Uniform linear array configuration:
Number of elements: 4
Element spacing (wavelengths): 1
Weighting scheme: binomial
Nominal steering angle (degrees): -45
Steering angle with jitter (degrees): -46.169
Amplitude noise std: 0.05
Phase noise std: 0.05

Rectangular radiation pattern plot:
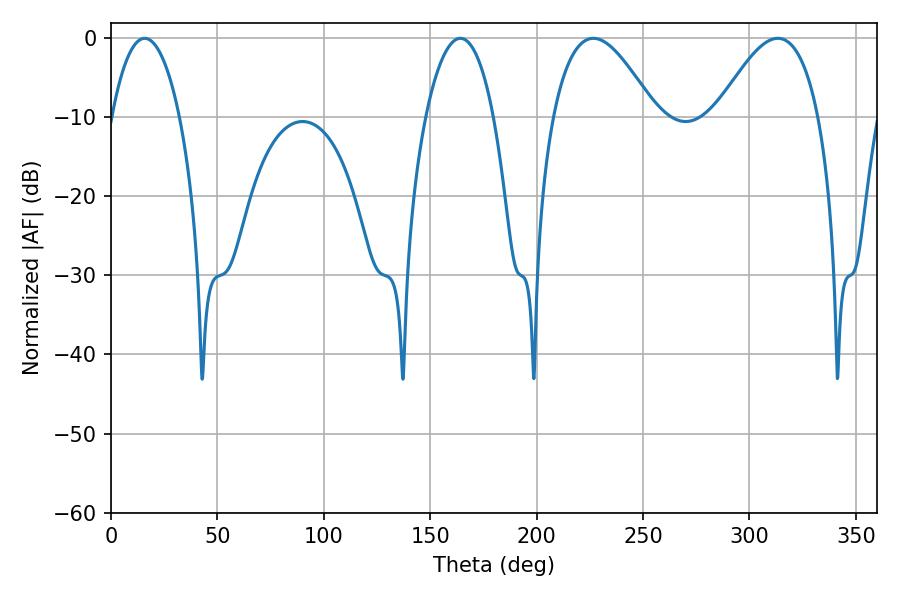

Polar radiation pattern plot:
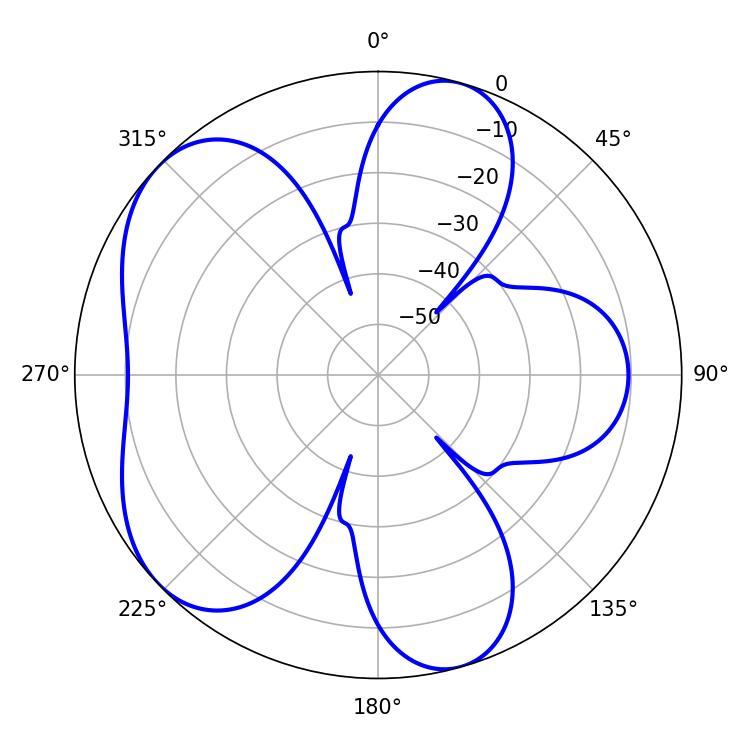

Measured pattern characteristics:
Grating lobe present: TRUE
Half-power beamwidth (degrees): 17.82
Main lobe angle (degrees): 15.84